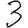
Digit: 3